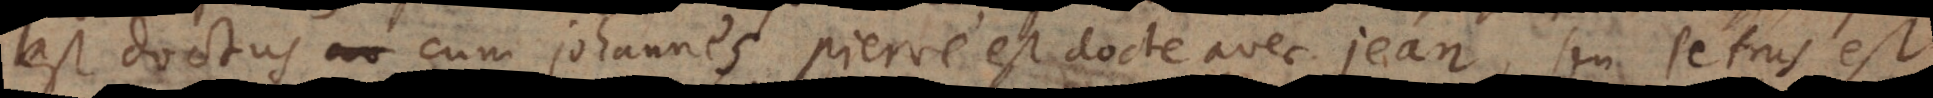
est doctus cum Johanne, Pierre est docte avec Jean, seu Petrus est